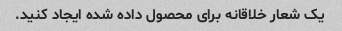
یک شعار خلاقانه برای محصول داده شده ایجاد کنید.